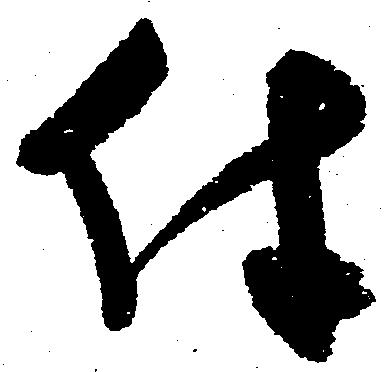
件